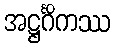
အဋ္ဌင်္ဂိကဿ